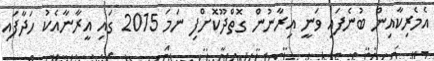
އެމެރިކާއިން ބުނެފައި ވަނީ އިރާނުން ގޮތްދޫކޮށްފި ނަމަ 2015 ގައި އީރާނާއެކު ހަދާފައި